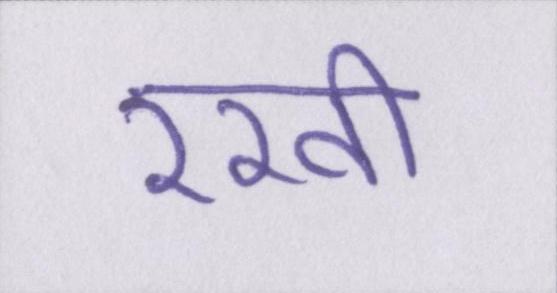
रखी